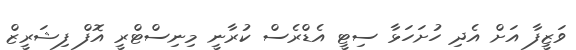
ވަޒީފާ އަށް އެދި ހުށަހަޅާ ސިޓީ އެޑްރެސް ކުރާނީ މިނިސްޓްރީ އޮފް ފިޝަރީޒް